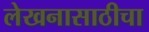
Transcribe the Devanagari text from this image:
लेखनासाठीचा